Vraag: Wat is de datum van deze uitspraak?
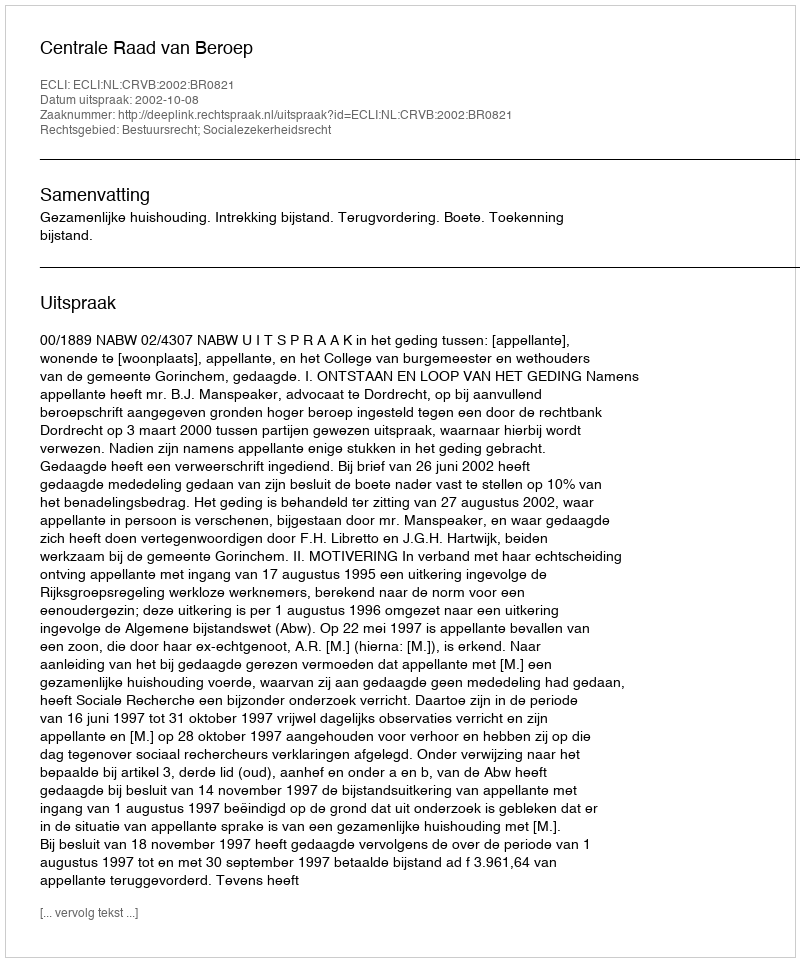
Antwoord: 2002-10-08